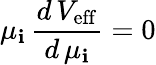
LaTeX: \mu_{\mathbf{i}}\, \frac{{d\, V_{\mathrm{{eff}}}}}{{d\, \mu_{\mathbf{i}}}}=0